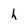
Character: h